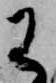
わ